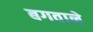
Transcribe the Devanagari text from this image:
बगवाने